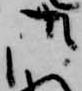
御